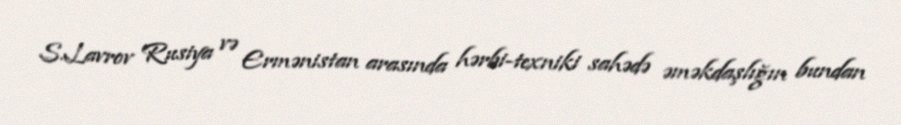
S.Lavrov Rusiya və Ermənistan arasında hərbi-texniki sahədə əməkdaşlığın bundan